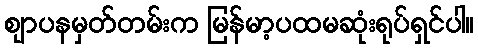
ဈာပနမှတ်တမ်းက မြန်မာ့ပထမဆုံးရုပ်ရှင်ပါ။